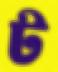
ট